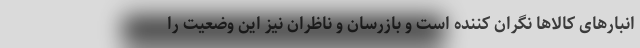
انبارهای کالاها نگران کننده است و بازرسان و ناظران نیز این وضعیت را